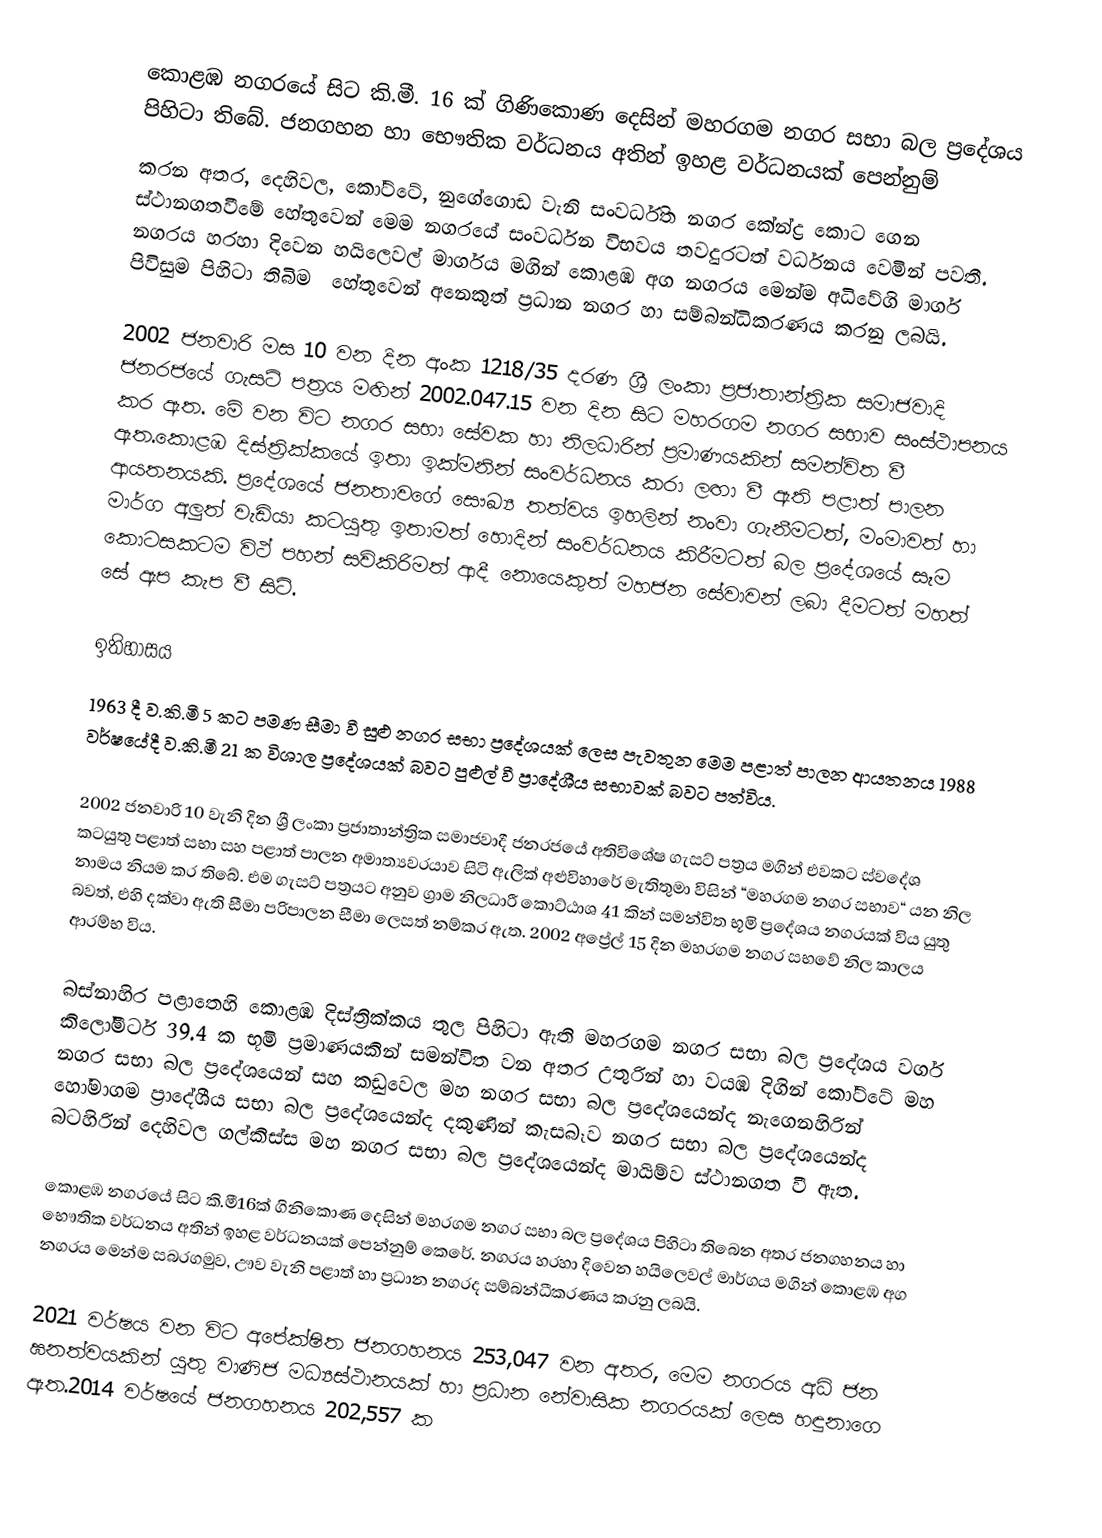
කොළඹ නගරයේ සිට කි.මී. 16 ක් ගිණිකොණ දෙසින් මහරගම නගර සභා බල ප්‍රදේශය පිහිටා තිබේ. ජනගහන හා ‍භෞතික වර්ධනය අතින් ඉහළ වර්ධනයක් පෙන්නුම්
කරන අතර, දෙහිවල, කෝට්ටේ, නුගේගොඩ වැනි සංවර්ධිත නගර කේන්ද්‍ර කොට ගෙන ස්ථානගතවීමේ හේතුවෙන් මෙම නගරයේ සංවර්ධන විභවය තවදුරටත් වර්ධනය වෙමින් පවතී. නගරය හරහා දිවෙන හයිලෙවල් මාර්ගය මගින් කොළඹ අග නගරය මෙන්ම අධිවේගි මාර්ග පිවිසුම පිහිටා තිබිම ‍ හේතුවෙන් අනෙකුත්  ප්‍රධාන නගර හා සම්බන්ධිකරණය කරනු ලබයි.

2002 ජනවාරි මස 10 වන දින අංක 1218/35 දරණ ශ්‍රී ලංකා ප්‍රජාතාන්ත්‍රික සමාජවාදි ජනරජයේ ගැසට් පත්‍රය මඟින් 2002.047.15 වන දින සිට මහරගම නගර සභාව සංස්ථාපනය කර ඇත. මේ වන විට නගර සභා සේවක හා නිලධාරින් ප්‍රමාණයකින් සමන්විත වී ඇත.කොළඹ දිස්ත්‍රික්කයේ ඉතා ඉක්මනින් සංවර්ධනය කරා ලඟා වී ඇති පළාත් පාලන ආයතනයකි. ප්‍රදේශයේ ජනතාවගේ සෞඛ්‍ය තත්වය ඉහලින් නංවා ගැනීමටත්, මංමාවත් හා මාර්ග අලුත් වැඩියා කටයුතු ඉතාමත් හොදින් සංවර්ධනය කිරීමටත් බල ප්‍රදේශයේ සෑම කොටසකටම විථ් පහන් සවිකිරිමත් ආදී නොයෙකුත් මහජන සේවාවන් ලබා දීමටත් මහත් සේ ඇප කැප වී සිටි.

ඉතිහාසය
1963 දී ව.කි.මී 5 කට පමණ සීමා වී සුළු නගර සභා ප්‍රදේශයක් ලෙස පැවතුන මෙම පළාත් පාලන ආයතනය 1988 වර්ෂයේදී ව.කි.මී 21 ක විශාල ප්‍රදේශයක් බවට පුළුල් වී ප්‍රාදේශීය සභාවක් බවට පත්විය.

2002 ජනවාරි 10 වැනි දින ශ්‍රී ලංකා ප්‍රජාතාන්ත්‍රික සමාජවාදී ජනරජයේ අතිවිශේෂ ගැසට් පත්‍රය මගින් එවකට ස්වදේශ කටයුතු පළාත් සභා සහ පළාත් පාලන අමාත්‍යවරයාව සිටි ඇලික් අළුවිහාරේ මැතිතුමා විසින් “මහරගම නගර සභාව“ යන නිල නාමය නියම කර තිබේ. එම ගැසට් පත්‍රයට අනුව ග්‍රාම නිලධාරී කොට්ඨාශ 41 කින් සමන්විත භූමි ප්‍රදේශය නගරයක් විය යුතු බවත්, එහි දක්වා ඇති සීමා පරිපාලන සීමා ලෙසත් නම්කර ඇත. 2002 අප්‍රේල් 15 දින මහරගම නගර සභවේ නිල කාලය ආරම්භ විය.

බස්නාහිර පළාතෙහි කොළඹ දිස්ත්‍රික්කය තුල පිහිටා ඇති මහරගම නගර සභා බල ප්‍රදේශය වර්ග කිලෝමීටර් 39.4 ක භූමි ප්‍රමාණයකින් සමන්විත වන අතර උතුරින් හා වයඹ දිගින් කෝට්ටේ මහ නගර සභා බල ප්‍රදේශයෙන් සහ කඩුවෙල මහ නගර සභා බල ප්‍රදේශයෙන්ද නැගෙනහිරින් හෝමාගම ප්‍රාදේශීය සභා බල ප්‍රදේශයෙන්ද දකුණින් කැසබෑව නගර සභා බල ප්‍රදේශයෙන්ද බටහිරින් දෙහිවල ගල්කිස්ස මහ නගර සභා බල ප්‍රදේශයෙන්ද මායිම්ව ස්ථානගත වී ඇත.

කොළඹ නගරයේ සිට කි.මී16ක් ගිනිකොණ දෙසින් මහරගම නගර සභා බල ප්‍රදේශය පිහිටා තිබෙන අතර ජනගහනය හා භෞතික වර්ධනය අතින් ඉහළ වර්ධනයක් පෙන්නුම් කෙරේ. නගරය හරහා දිවෙන හයිලෙවල් මාර්ගය මගින් කොළඹ අග නගරය මෙන්ම සබරගමුව, ඌව වැනි පළාත් හා ප්‍රධාන නගරද සම්බන්ධීකරණය කරනු ලබයි.

2021 වර්ෂය වන විට අපේක්ෂිත ජනගහනය 253,047 වන අතර, මෙම නගරය අධි ජන ඝනත්වයකින් යුතු වාණිජ මධ්‍යස්ථානයක් හා ප්‍රධාන නේවාසික නගරයක් ලෙස හඳුනාගෙ ඇත.2014 වර්ෂයේ ජනගහනය 202,557 ක